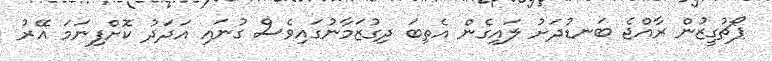
ޕޯޗުގީޒުން ރާއްޖެ ބަނޑުދަށު ލައިގެން އެތިބަ ދިގުޒަމާނުގައިވެސް ގުނައި އަދަދު ކޮށްފިނަމަ އޭރު